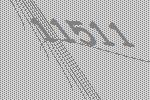
11511